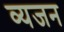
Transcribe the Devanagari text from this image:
व्यजन